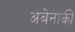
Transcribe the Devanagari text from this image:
अबेनाकी